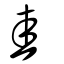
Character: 圭